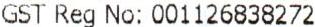
GST REG NO: 001126838272